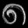
Digit: ၈